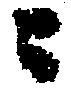
ニ